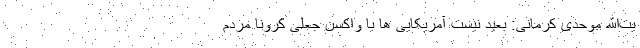
یت‌الله موحدی کرمانی: بعید نیست آمریکایی ها با واکسن جعلی کرونا مردم